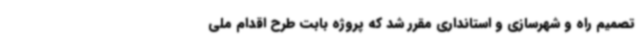
تصمیم راه و شهرسازی و استانداری مقرر شد که پروژه بابت طرح اقدام ملی